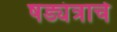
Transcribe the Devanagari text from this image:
षड्यंत्राचे